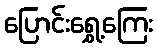
ပြောင်းရွှေ့ကြေး